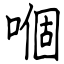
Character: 嗰